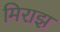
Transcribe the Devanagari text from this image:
मिराझ